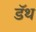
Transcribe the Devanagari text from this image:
डॅथ